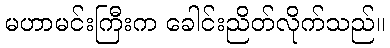
မဟာမင်းကြီးက ခေါင်းညိတ်လိုက်သည်။